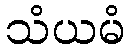
သံယမံ